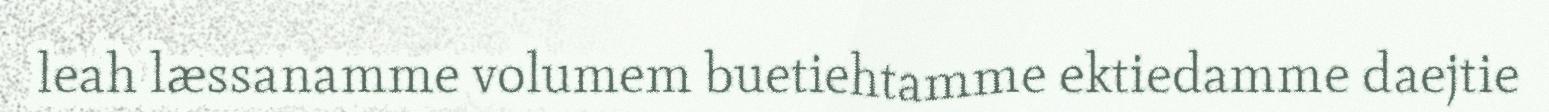
leah læssanamme volumem buetiehtamme ektiedamme daejtie